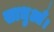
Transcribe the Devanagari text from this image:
साधुआँ।